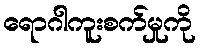
ရောဂါကူးစက်မှုကို